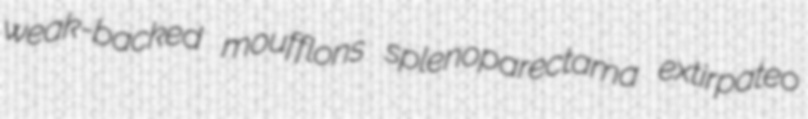
weak-backed moufflons splenoparectama extirpateo